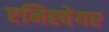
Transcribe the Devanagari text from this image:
एनिह्वेयर